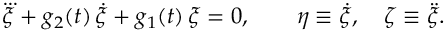
\dddot { \xi } + g _ { 2 } ( t ) \, \dot { \xi } + g _ { 1 } ( t ) \, \xi = 0 , \qquad \eta \equiv \dot { \xi } , \quad \zeta \equiv \ddot { \xi } .